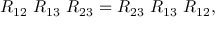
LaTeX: R _ { 1 2 } \ R _ { 1 3 } \ R _ { 2 3 } = R _ { 2 3 } \ R _ { 1 3 } \ R _ { 1 2 } ,